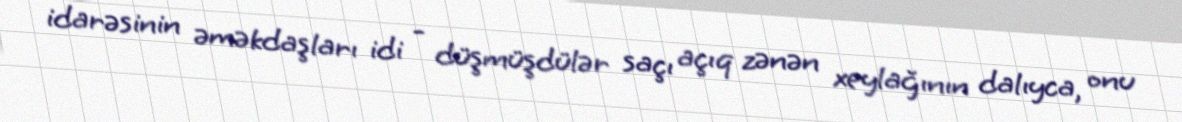
idarəsinin əməkdaşları idi - düşmüşdülər saçı açıq zənən xeylağının dalıyca, onu